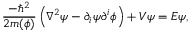
\frac { - \hbar ^ { 2 } } { 2 m ( \phi ) } \left( \nabla ^ { 2 } \psi - \partial _ { i } \psi \partial ^ { i } \phi \right) + V \psi = E \psi ,